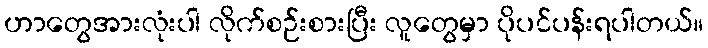
ဟာတွေအားလုံးပါ လိုက်စဉ်းစားပြီး လူတွေမှာ ပိုပင်ပန်းရပါတယ်။